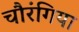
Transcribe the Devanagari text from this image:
चौरंगिया